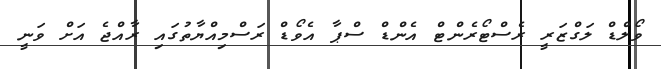
ވޯލްޑް ލަގްޒަރީ ރެސްޓޯރެންޓް އެންޑް ސްޕާ އެވޯޑް ރަސްމިއްޔާތުގައި ރާއްޖެ އަށް ވަނީ